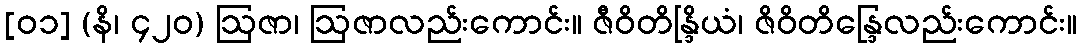
[၀၁] (နိ၊ ၄၂၀) ဩဇာ၊ ဩဇာလည်းကောင်း။ ဇီဝိတိန္ဒြိယံ၊ ဇိဝိတိန္ဒြေလည်းကောင်း။